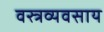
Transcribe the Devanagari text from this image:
वस्त्रव्यवसाय